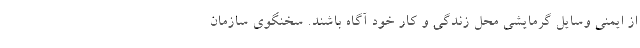
از ایمنی وسایل گرمایشی محل زندگی و کار خود آگاه باشند. سخنگوی سازمان